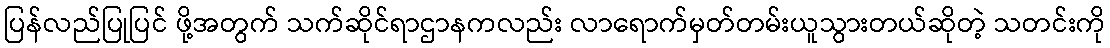
ပြန်လည်ပြုပြင် ဖို့အတွက် သက်ဆိုင်ရာဌာနကလည်း လာရောက်မှတ်တမ်းယူသွားတယ်ဆိုတဲ့ သတင်းကို